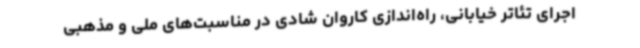
اجرای تئاتر خیابانی، راه‌اندازی کاروان شادی در مناسبت‌های ملی و مذهبی